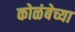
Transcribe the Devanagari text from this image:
कोळंबेच्या